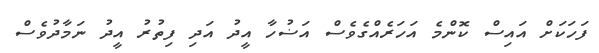
ފަހަކަށް އައިސް ކޮންމެ އަހަރެއްގެވެސް އަޟުހާ އީދު އަދި ފިތުރު އީދު ނަމާދުވެސް